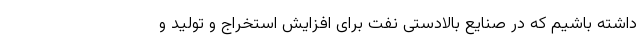
داشته باشیم که در صنایع بالادستی نفت برای افزایش استخراج و تولید و